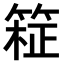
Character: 𫂊